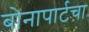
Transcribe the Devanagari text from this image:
बोनापार्टचा